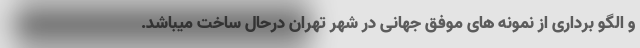
و الگو برداری از نمونه های موفق جهانی در شهر تهران درحال ساخت میباشد.